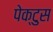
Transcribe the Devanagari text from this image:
पेक्टुस